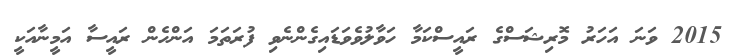
2015 ވަނަ އަހަރު މޮރިޝަސްގެ ރައީސްކަމާ ހަވާލުވެވަޑައިގެންނެވި ފުރަތަމަ އަންހެން ރައީސާ އަމީނާއަކީ